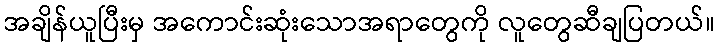
အချိန်ယူပြီးမှ အကောင်းဆုံးသောအရာတွေကို လူတွေဆီချပြတယ်။